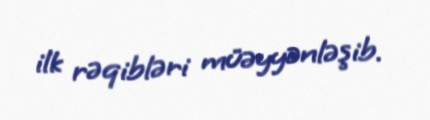
ilk rəqibləri müəyyənləşib.